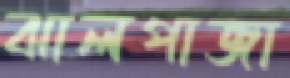
ঝালপাজা